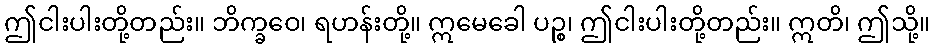
ဤငါးပါးတို့တည်း။ ဘိက္ခဝေ၊ ရဟန်းတို့။ ဣမေခေါ ပဉ္စ၊ ဤငါးပါးတို့တည်း။ ဣတိ၊ ဤသို့။